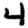
Digit: 4